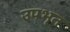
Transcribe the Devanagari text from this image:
उपभृत